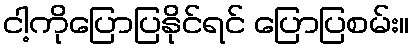
ငါ့ကိုပြောပြနိုင်ရင် ပြောပြစမ်း။